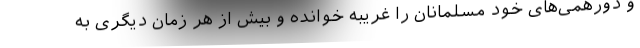
و دورهمی‌های خود مسلمانان را غریبه خوانده و بیش از هر زمان دیگری به